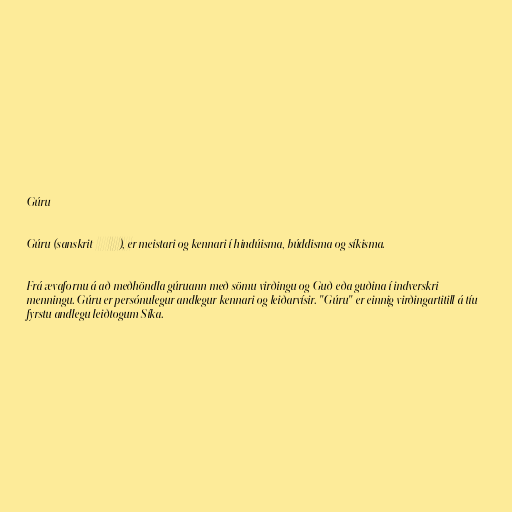
Gúru

Gúru (sanskrit गुरु), er meistari og kennari í hindúisma, búddisma og síkisma.

Frá ævafornu á að meðhöndla gúruann með sömu virðingu og Guð eða guðina í indverskri
menningu. Gúru er persónulegur andlegur kennari og leiðarvísir. "Gúru" er einnig virðingartitill á tíu
fyrstu andlegu leiðtogum Síka.